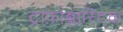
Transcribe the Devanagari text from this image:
ट्राफ़ोब्लास्टिक